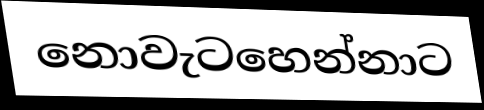
නොවැටහෙන්නාට